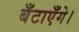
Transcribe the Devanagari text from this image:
बँटाएँगे।